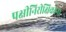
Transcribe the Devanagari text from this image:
पक्षीनिरीक्षिकांना